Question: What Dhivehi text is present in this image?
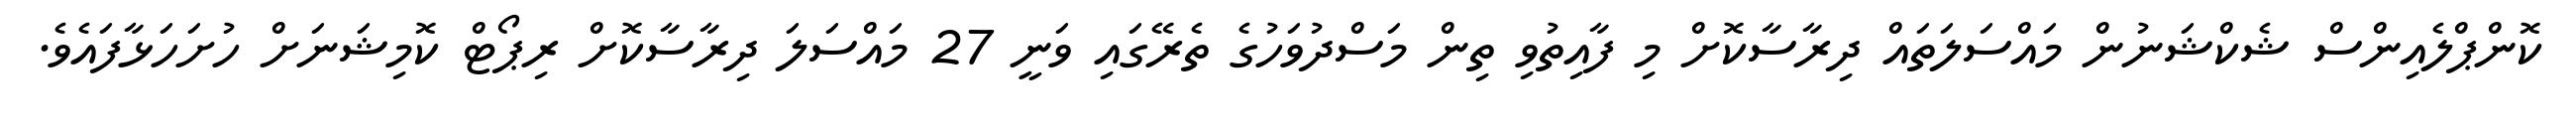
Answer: ކޮންޕްލެއިންސް ޝެކްޝަނުން މައްސަލަތައް ދިރާސާކޮށް މި ފާއިތުވި ތިން މަސްދުވަހުގެ ތެރޭގައި ވަނީ 27 މައްސަލަ ދިރާސާކޮށް ރިޕޯޓް ކޮމިޝަނަށް ހުށަހަޅާފައެވެ.